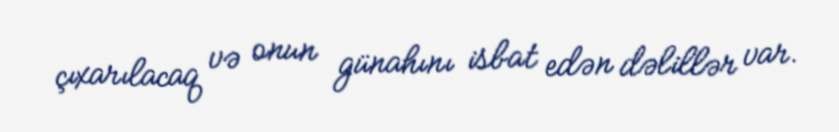
çıxarılacaq və onun günahını isbat edən dəlillər var.